Civil Veterinary Department. United Provinces 1923-31 - 1923-1931
Year: 1923
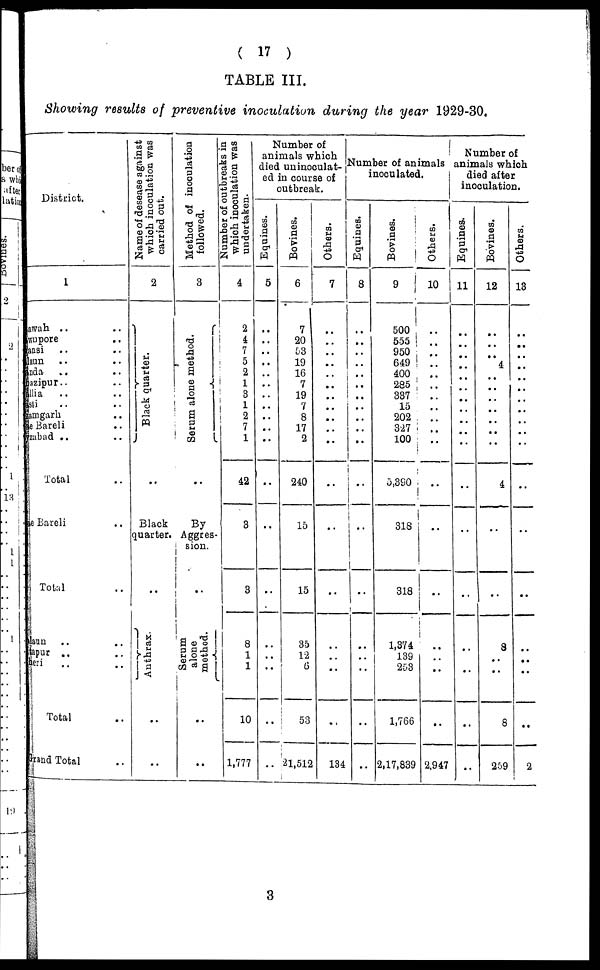
(17)
TABLE III.
Showing results of preventive inoculation during the year 1929-30.
District.
1
Eawah .. ..
ownpore .. ..
ansi .. ..
laun .. ..
anda .. ..
bazipur.. ..
allia .. ..
asti .. ..
samgarh ..
se Bareli ..
yzabad .. ..
Total ..
ae Bareli ..
Total ..
laun .. ..
tapur .. ..
heri .. ..
Total ..
Grand Total ..
Name of desease against
which inoculation was
carried out.
2
Black quarter.
..
Black
quarter.
..
Anthrax.
..
..
Method of inoculation
followed.
3
Serum alone method.
..
By
Aggres¬
sion.
..
Serum
alone
method.
..
..
Number of outbreaks in
which inoculation was
undertaken.
4
2
4
7
5
2
1
3
1
2
7
1
42
3
3
8
1
1
10
1,777
Number of
animals which
died uninoculat-
ed in course of
outbreak.
Equines.
5
..
..
..
..
..
..
..
..
..
..
..
....
..
..
..
..
..
..
..
Bovines.
6
7
20
53
19
16
7
19
7
8
17
2
240
15
15
35
12
6
53
21,512
Others.
7
..
..
..
..
..
..
..
..
..
..
..
..
..
..
..
..
..
..
134
Number of animals
inoculated.
Equines.
8
..
..
..
..
..
..
..
..
..
..
..
..
..
..
..
..
..
...
..
Bovines.
9
500
555
950
649
400
285
337
15
202
327
100
5,390
318
318
1,374
139
253
1,766
2,17,839
Others.
10
..
..
..
..
..
..
..
..
..
..
..
..
..
..
..
..
..
..
2.947
Number of
animals which
died after
inoculation.
Equines.
11
..
..
..
..
..
..
..
..
..
..
..
..
..
..
..
..
..
..
Bovines.
12
..
..
..
4
..
..
..
..
..
..
..
4
..
..
3
..
..
8
259
Others.
13
..
..
..
..
..
..
..
..
..
..
..
..
..
..
..
..
..
..
2
3